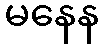
မနေန